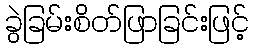
ခွဲခြမ်းစိတ်ဖြာခြင်းဖြင့်